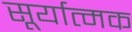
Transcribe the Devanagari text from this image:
सूर्यात्मक